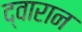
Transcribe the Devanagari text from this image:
द्वारान